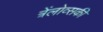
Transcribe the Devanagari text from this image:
त्रेंलोव्सकी